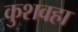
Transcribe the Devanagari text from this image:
कुशवहा